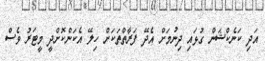
އަދި ކަނެކްޝަން ގުޅައި ދިނުމަށް އެދޭ ފަރާތްތަކަށް ހިލޭ އެކަންކޮށްދީ މީޓަރު ވެސް